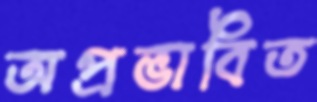
অপ্রভাবিত